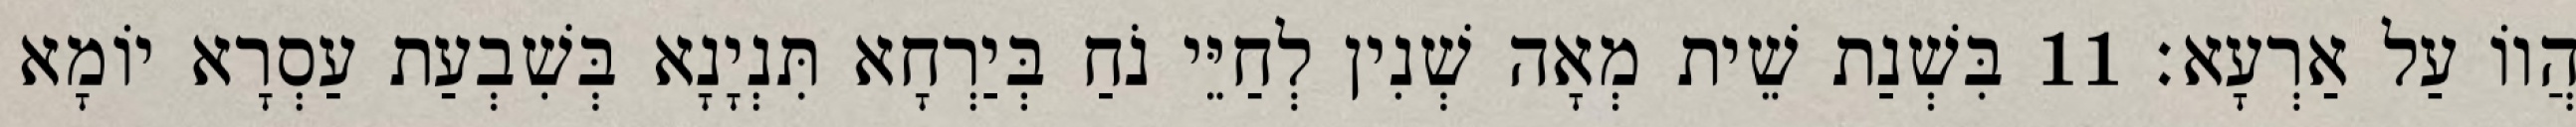
הֲווֹ עַל אַרְעָא׃ 11 בִּשְׁנַת שֵׁית מְאָה שְׁנִין לְחַיֵּי נֹחַ בְּיַרְחָא תִּנְיָנָא בְּשִׁבְעַת עַסְרָא יוֹמָא